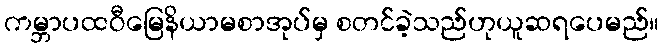
ကမ္ဘာပထဝီမြေနိယာမစာအုပ်မှ စတင်ခဲ့သည်ဟုယူဆရပေမည်။